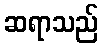
ဆရာသည်